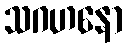
သဂဟနော